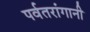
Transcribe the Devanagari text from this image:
पर्वतरांगानी